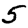
Digit: 5